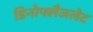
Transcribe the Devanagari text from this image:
डिनोफ्लैजलेट